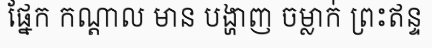
ផ្នែក កណ្តាល មាន បង្ហាញ ចម្លាក់ ព្រះឥន្ទ